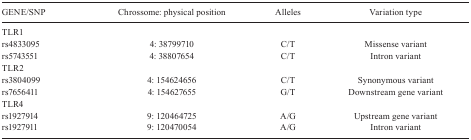
<table><thead><tr><td><b>GENE/SNP</b></td><td><b>Chrossome: physicalposition</b></td><td><b>Alleles</b></td><td><b>Variation type</b></td></tr></thead><tbody><tr><td colspan="4">TLR1</td></tr><tr><td>rs4833095</td><td>4: 38799710</td><td>C/T</td><td>Missense variant</td></tr><tr><td>rs5743551</td><td>4: 38807654</td><td>C/T</td><td>Intron variant</td></tr><tr><td colspan="4">TLR2</td></tr><tr><td>rs3804099</td><td>4: 154624656</td><td>C/T</td><td>Synonymous variant</td></tr><tr><td>rs7656411</td><td>4: 154627655</td><td>G/T</td><td>Downstream gene variant</td></tr><tr><td colspan="4">TLR4</td></tr><tr><td>rs1927914</td><td>9: 120464725</td><td>A/G</td><td>Upstream gene variant</td></tr><tr><td>rs1927911</td><td>9: 120470054</td><td>A/G</td><td>Intron variant</td></tr></tbody></table>